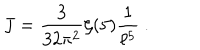
J = { \frac { 3 } { 3 2 \pi ^ { 2 } } } \zeta ( 5 ) { \frac { 1 } { \ell ^ { 5 } } } \ .